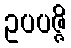
ဥပပဇ္ဇိ